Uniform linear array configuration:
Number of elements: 24
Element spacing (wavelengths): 0.5
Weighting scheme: hamming
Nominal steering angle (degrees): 45
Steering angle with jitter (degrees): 44.273
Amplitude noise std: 0.05
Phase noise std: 0.05

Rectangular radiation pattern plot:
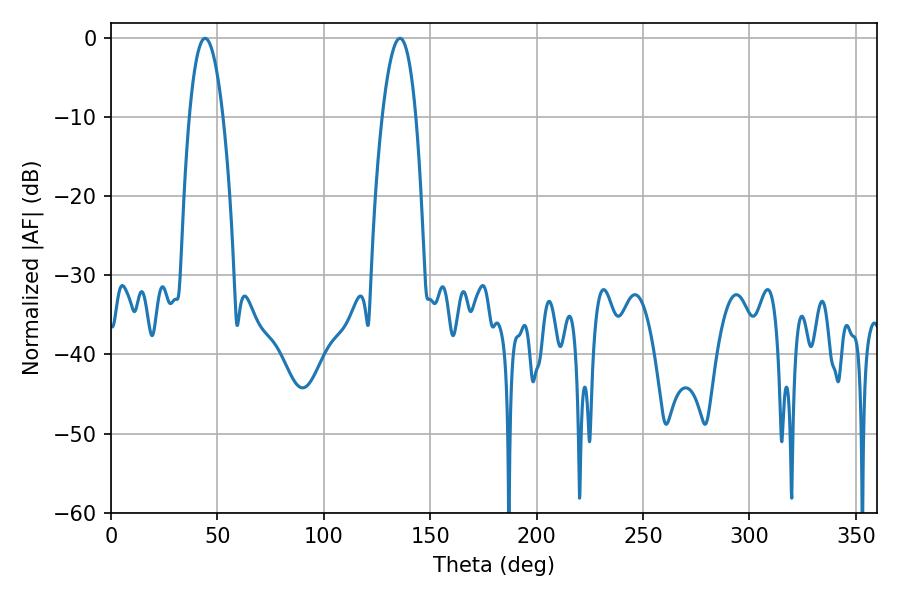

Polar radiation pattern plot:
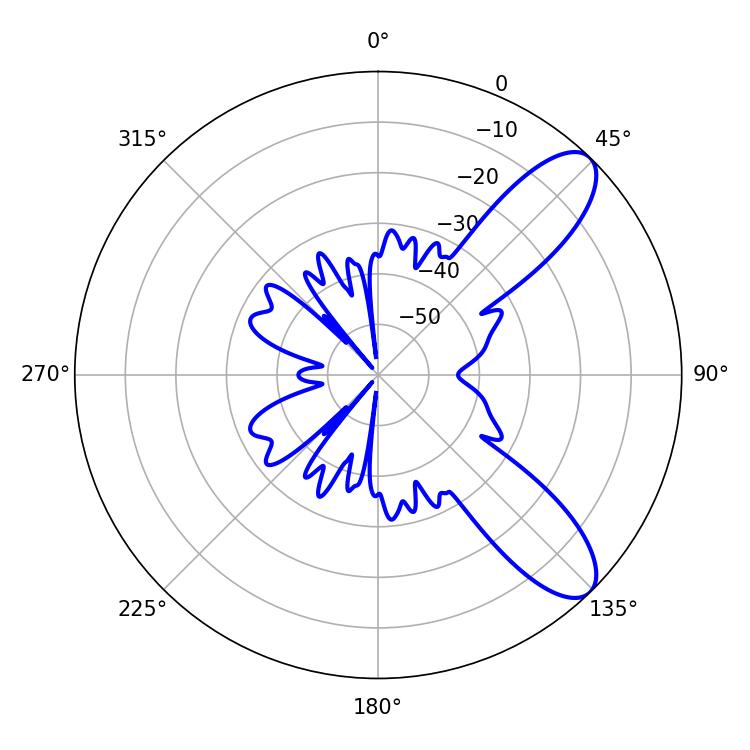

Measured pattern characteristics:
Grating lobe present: FALSE
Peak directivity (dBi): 9.413
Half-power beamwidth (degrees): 8.82
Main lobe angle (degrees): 44.28